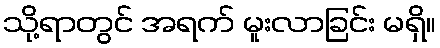
သို့ရာတွင် အရက် မူးလာခြင်း မရှိ။